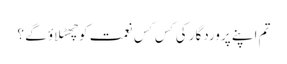
تم اپنے پروردگار کی کِس کِس نعمت کوچھٹلاؤ گے ؟